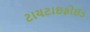
ટાયટાઇફોઈડ